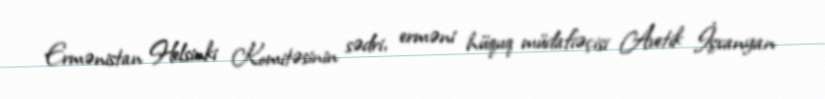
Ermənistan Helsinki Komitəsinin sədri, erməni hüquq müdafiəçisi Avetik İşxanyan